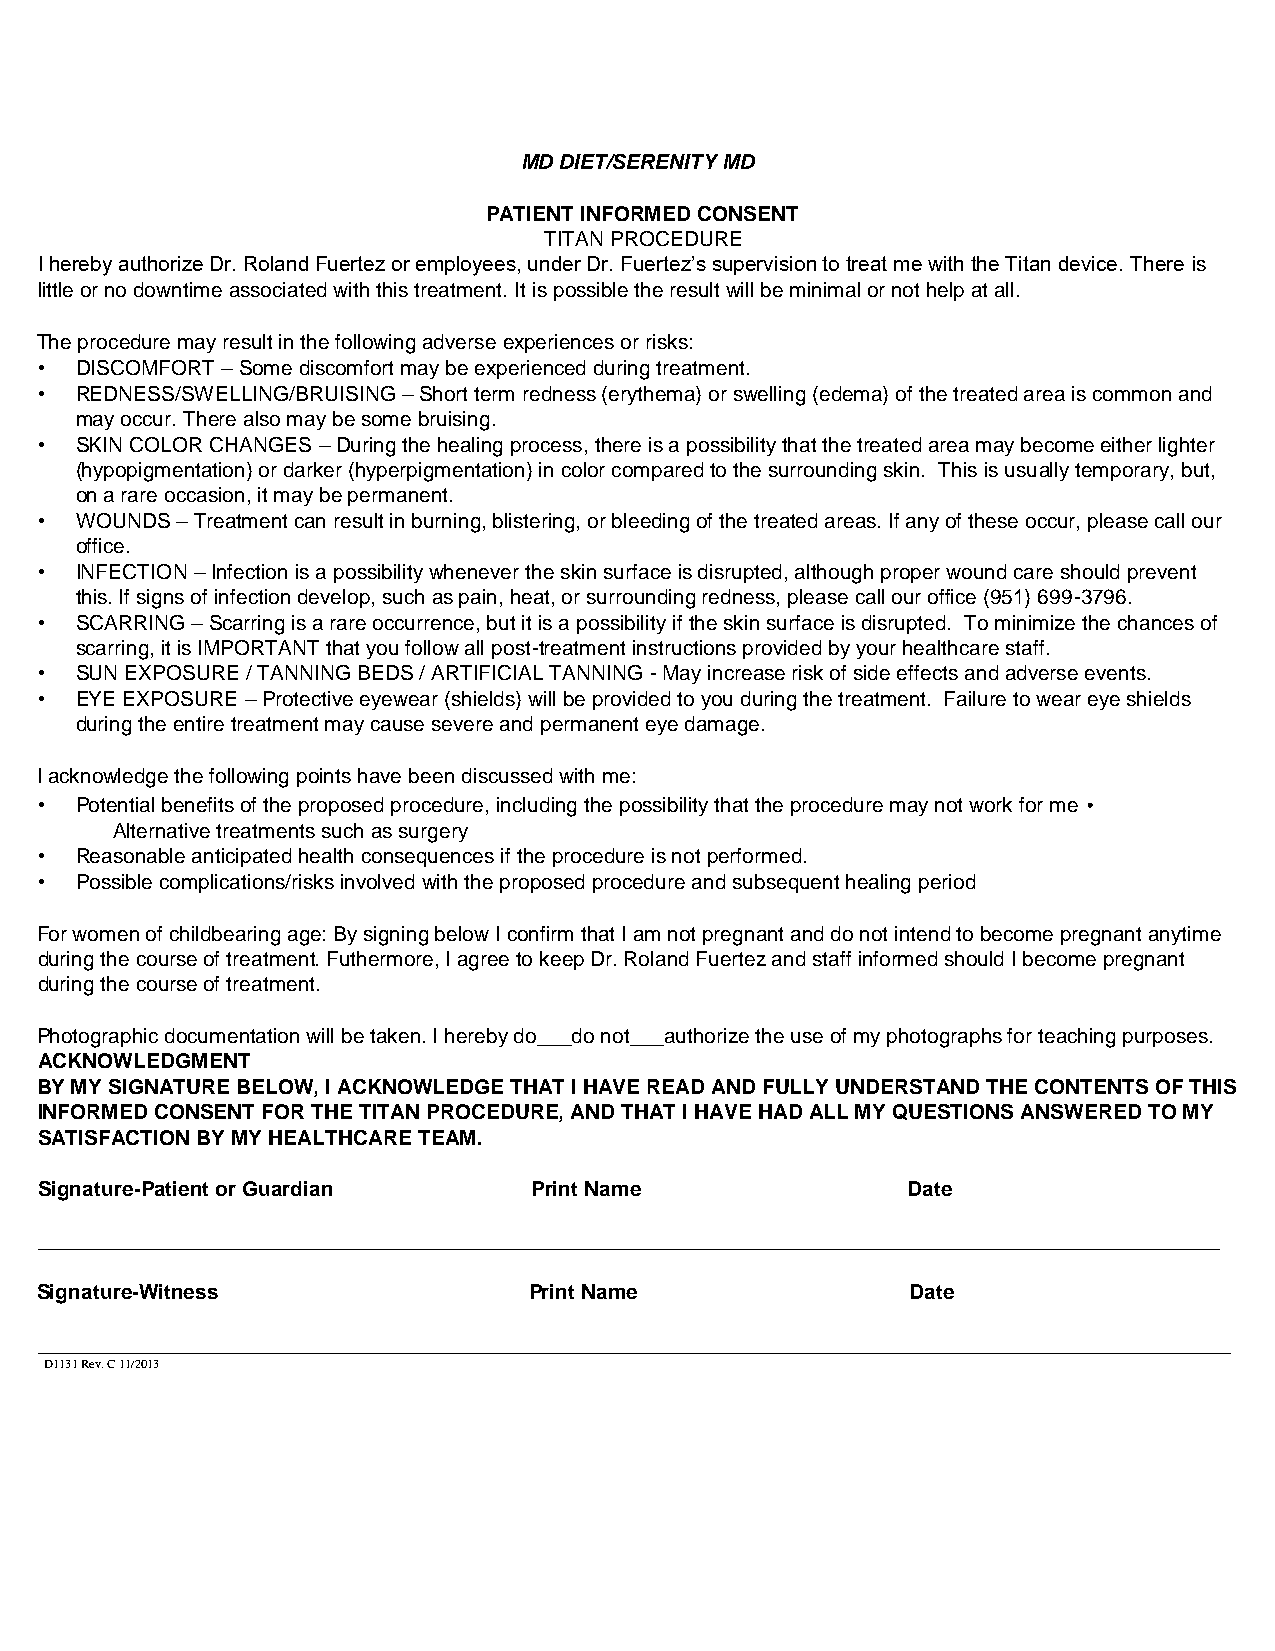
MD DIET/SERENITY MD
 PATIENT INFORMED CONSENT
 TITAN PROCEDURE
 I hereby authorize Dr. Roland Fuertez or employees, under Dr. Fuertez’s supervision to treat me with the Titan device. There is
 little or no downtime associated with this treatment. It is possible the result will be minimal or not help at all.
 The procedure may result in the following adverse experiences or risks:
 • DISCOMFORT – Some discomfort may be experienced during treatment.
 • REDNESS/SWELLING/BRUISING – Short term redness (erythema) or swelling (edema) of the treated area is common and
 may occur. There also may be some bruising.
 • SKIN COLOR CHANGES – During the healing process, there is a possibility that the treated area may become either lighter
 (hypopigmentation) or darker (hyperpigmentation) in color compared to the surrounding skin. This is usually temporary, but,
 on a rare occasion, it may be permanent.
 • WOUNDS – Treatment can result in burning, blistering, or bleeding of the treated areas. If any of these occur, please call our
 office.
 • INFECTION – Infection is a possibility whenever the skin surface is disrupted, although proper wound care should prevent
 this. If signs of infection develop, such as pain, heat, or surrounding redness, please call our office (951) 699-3796.
 • SCARRING – Scarring is a rare occurrence, but it is a possibility if the skin surface is disrupted. To minimize the chances of
 scarring, it is IMPORTANT that you follow all post-treatment instructions provided by your healthcare staff.
 • SUN EXPOSURE / TANNING BEDS / ARTIFICIAL TANNING - May increase risk of side effects and adverse events.
 • EYE EXPOSURE – Protective eyewear (shields) will be provided to you during the treatment. Failure to wear eye shields
 during the entire treatment may cause severe and permanent eye damage.
 I acknowledge the following points have been discussed with me:
 • Potential benefits of the proposed procedure, including the possibility that the procedure may not work for me •
 Alternative treatments such as surgery
 • Reasonable anticipated health consequences if the procedure is not performed.
 • Possible complications/risks involved with the proposed procedure and subsequent healing period
 For women of childbearing age: By signing below I confirm that I am not pregnant and do not intend to become pregnant anytime
 during the course of treatment. Futhermore, I agree to keep Dr. Roland Fuertez and staff informed should I become pregnant
 during the course of treatment.
 Photographic documentation will be taken. I hereby do___do not___authorize the use of my photographs for teaching purposes.
 ACKNOWLEDGMENT
 BY MY SIGNATURE BELOW, I ACKNOWLEDGE THAT I HAVE READ AND FULLY UNDERSTAND THE CONTENTS OF THIS
 INFORMED CONSENT FOR THE TITAN PROCEDURE, AND THAT I HAVE HAD ALL MY QUESTIONS ANSWERED TO MY
 SATISFACTION BY MY HEALTHCARE TEAM.
 Signature-Patient or Guardian   Print Name               Date
 ______________________________________________________________________________________________________
 Signature-Witness                Print Name               Date
 _______________________________________________________________________________________________________
 D1131 Rev. C 11/2013